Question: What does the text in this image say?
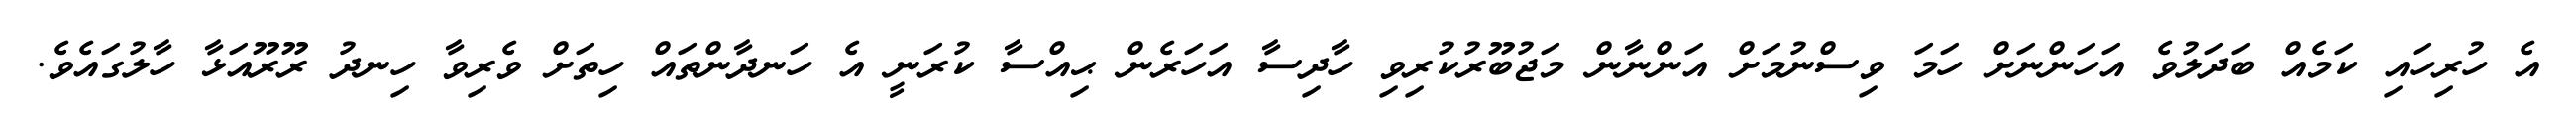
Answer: އެ ހުރިހައި ކަމެއް ބަދަލުވެ އަހަންނަށް ހަމަ ވިސްނުމަށް އަންނާން މަޖުބޫރުކުރިވި ހާދިސާ އަހަރެން ޙިއްސާ ކުރަނީ އެ ހަނދާންތައް ހިތަށް ވެރިވާ ހިނދު ރޫރޫއަޅާ ހާލުގައެވެ.